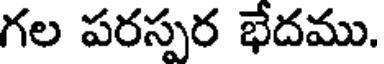
గల పరస్పర భేదము.